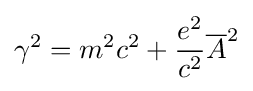
\gamma ^{2}=m^{2}c^{2}+{\frac {e^{2}}{c^{2}}}{\overline {A}}^{2}